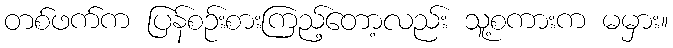
တစ်ဖက်က ပြန်စဉ်းစားကြည့်တော့လည်း သူ့စကားက မမှား။